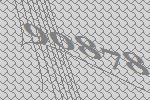
90878